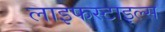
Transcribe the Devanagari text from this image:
लाइफस्टाइल्स